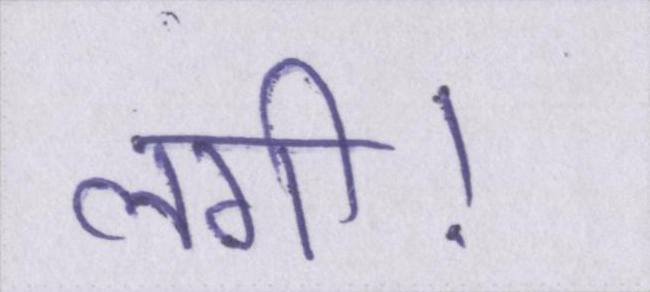
लगी।